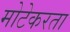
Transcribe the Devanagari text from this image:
मोटेकरता